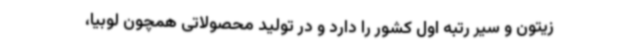
زیتون و سیر رتبه اول کشور را دارد و در تولید محصولاتی همچون لوبیا،